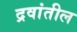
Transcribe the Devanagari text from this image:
द्रवांतील